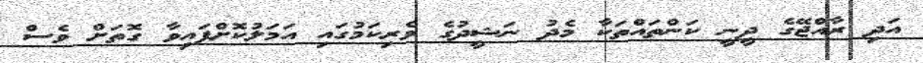
އަދި ރާއްޖޭގެ ދީނީ ކަންތައްތަކާ މެދު ނަޝީދުގެ ވެރިކަމުގައި އަމަލުކޮށްފައިވާ ގޮތަށް ވެސް